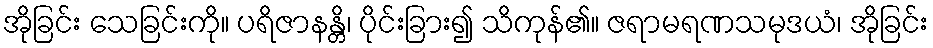
အိုခြင်း သေခြင်းကို။ ပရိဇာနန္တိ၊ ပိုင်းခြား၍ သိကုန်၏။ ဇရာမရဏသမုဒယံ၊ အိုခြင်း